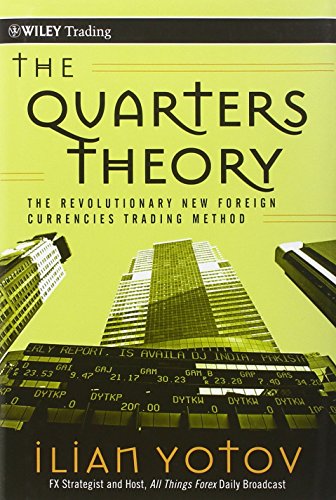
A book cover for The Quarters Theory: The Revolutionary New Foreign Currencies Trading Method; Ilian Yotov; Business & Money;